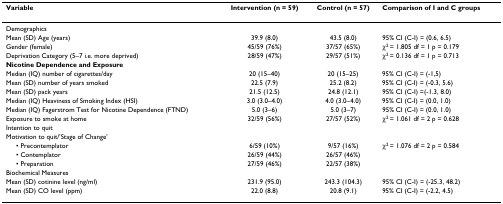
<table><thead><tr><td><b>Variable</b></td><td><b>Intervention (n = 59)</b></td><td><b>Control (n = 57)</b></td><td><b>Comparison of I and C groups</b></td></tr></thead><tbody><tr><td>Demographics</td><td></td><td></td><td></td></tr><tr><td>Mean (SD) Age (years)</td><td>39.9 (8.0)</td><td>43.5 (8.0)</td><td>95% CI (C-I) = (0.6, 6.5)</td></tr><tr><td>Gender (female)</td><td>45/59 (76%)</td><td>37/57 (65%)</td><td>χ<sup>2 </sup>= 1.805 df = 1 p = 0.179</td></tr><tr><td>Deprivation Category (5–7 i.e. more deprived)</td><td>28/59 (47%)</td><td>29/57 (51%)</td><td>χ<sup>2 </sup>= 0.136 df = 1 p = 0.713</td></tr><tr><td><b>Nicotine Dependence and Exposure</b></td><td></td><td></td><td></td></tr><tr><td>Median (IQ) number of cigarettes/day</td><td>20 (15–40)</td><td>20 (15–25)</td><td>95% CI (C-I) = (-1,5)</td></tr><tr><td>Mean (SD) number of years smoked</td><td>22.5 (7.9)</td><td>25.2 (8.2)</td><td>95% CI (C-I) = (-0.3, 5.6)</td></tr><tr><td>Mean (SD) pack years</td><td>21.5 (12.5)</td><td>24.8 (12.1)</td><td>95% CI (C-I) =(-1.3, 8.0)</td></tr><tr><td>Median (IQ) Heaviness of Smoking Index (HSI)</td><td>3.0 (3.0–4.0)</td><td>4.0 (3.0–4.0)</td><td>95% CI (C-I) = (0.0, 1.0)</td></tr><tr><td>Median (IQ) Fagerstrom Test for Nicotine Dependence (FTND)</td><td>5.0 (3–6)</td><td>5.0 (3–7)</td><td>95% CI (C-I) = (0.0, 1.0)</td></tr><tr><td>Exposure to smoke at home</td><td>32/59 (56%)</td><td>27/57 (52%)</td><td>χ<sup>2 </sup>= 1.061 df = 2 p = 0.628</td></tr><tr><td>Intention to quit</td><td></td><td></td><td></td></tr><tr><td>Motivation to quit/&#x27;Stage of Change&#x27;</td><td></td><td></td><td></td></tr><tr><td> • Precontemplator</td><td>6/59 (10%)</td><td>9/57 (16%)</td><td>χ<sup>2 </sup>= 1.076 df = 2 p = 0.584</td></tr><tr><td> • Contemplator</td><td>26/59 (44%)</td><td>26/57 (46%)</td><td></td></tr><tr><td> • Preparation</td><td>27/59 (46%)</td><td>22/57 (38%)</td><td></td></tr><tr><td>Biochemical Measures</td><td></td><td></td><td></td></tr><tr><td>Mean (SD) cotinine level (ng/ml)</td><td>231.9 (95.0)</td><td>243.3 (104.3)</td><td>95% CI (C-I) = (-25.3, 48.2)</td></tr><tr><td>Mean (SD) CO level (ppm)</td><td>22.0 (8.8)</td><td>20.8 (9.1)</td><td>95% CI (C-I) = (-2.2, 4.5)</td></tr></tbody></table>